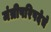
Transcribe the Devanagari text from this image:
मंत्रीपरिषदेचे